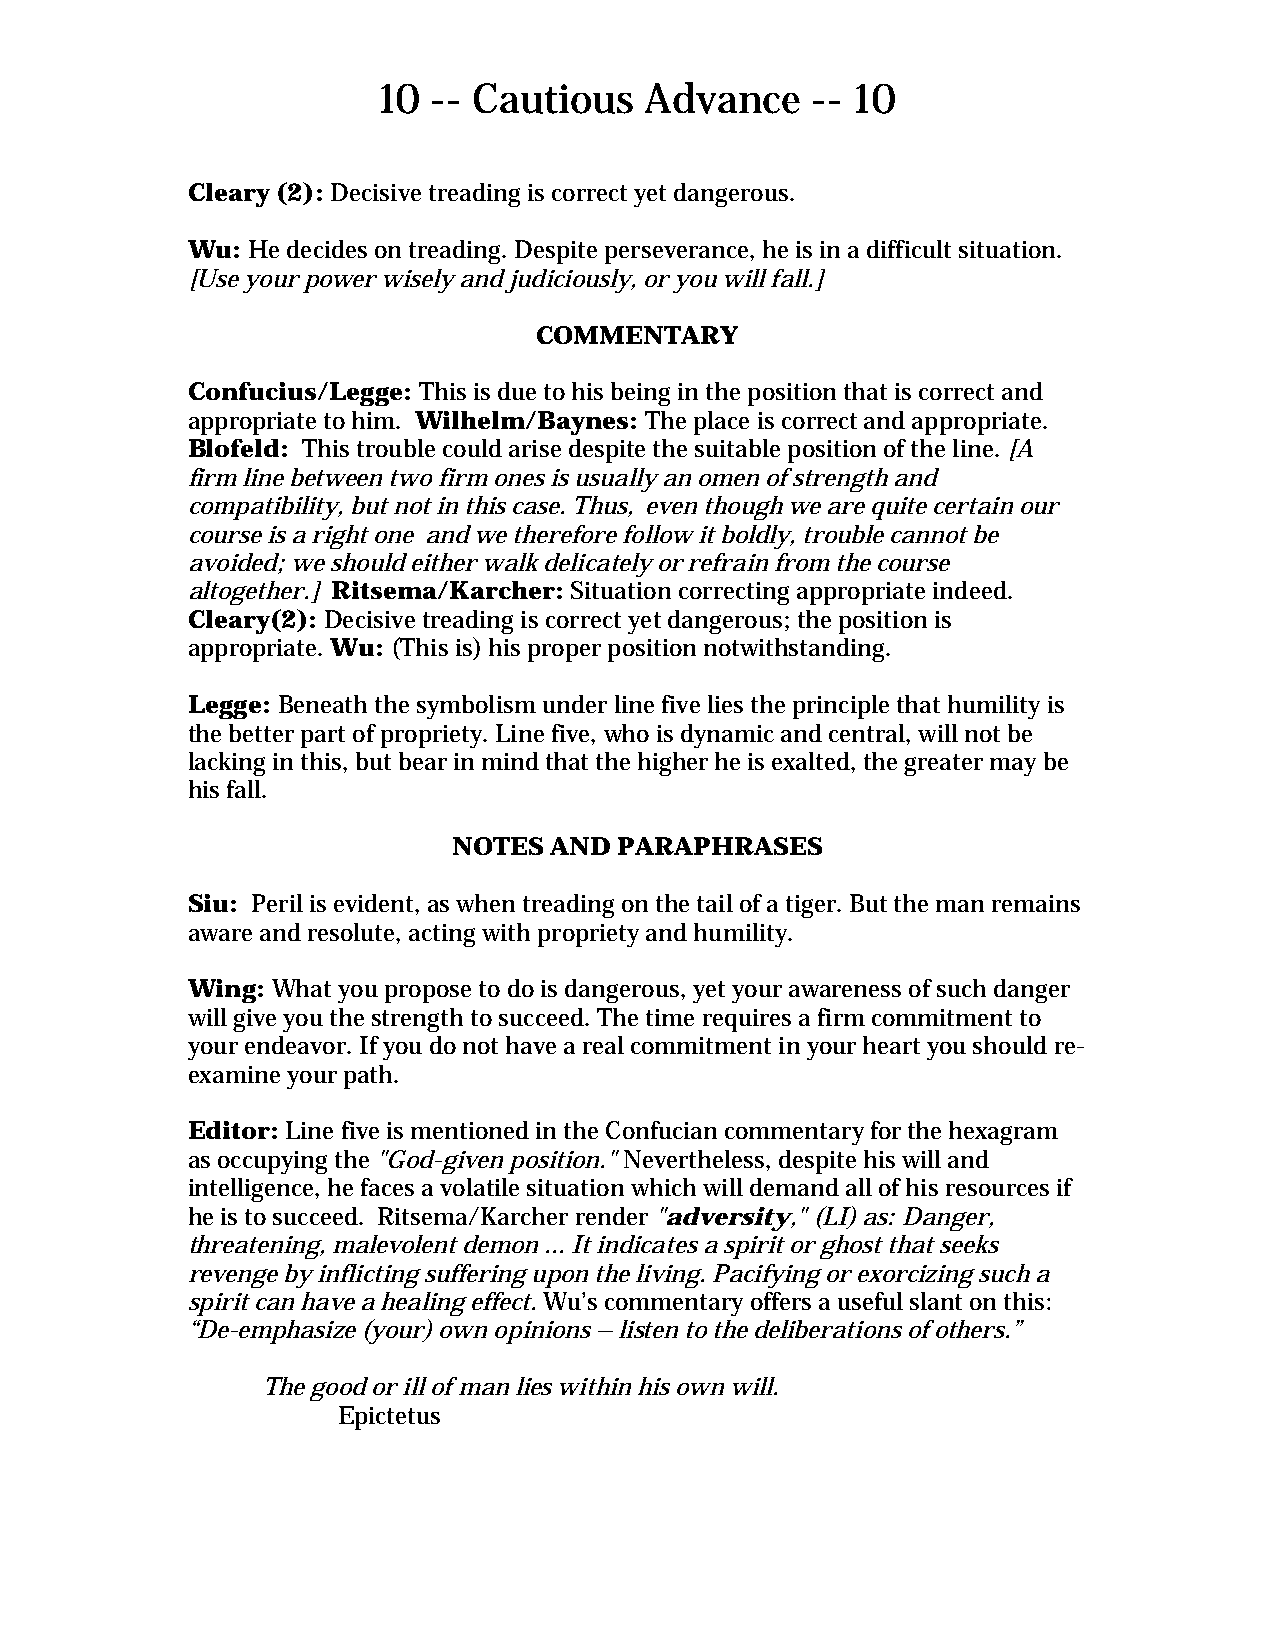
10  -- Cautious   Advance    -- 10
 Cleary (2): Decisive treading is correct yet dangerous.
 Wu: He decides on treading. Despite perseverance, he is in a difficult situation.
 [Use your power wisely and judiciously, or you will fall.]
 COMMENTARY
 Confucius/Legge: This is due to his being in the position that is correct and
 appropriate to him. Wilhelm/Baynes: The place is correct and appropriate.
 Blofeld: This trouble could arise despite the suitable position of the line. [A
 firm line between two firm ones is usually an omen of strength and
 compatibility, but not in this case. Thus, even though we are quite certain our
 course is a right one and we therefore follow it boldly, trouble cannot be
 avoided; we should either walk delicately or refrain from the course
 altogether.] Ritsema/Karcher: Situation correcting appropriate indeed.
 Cleary(2): Decisive treading is correct yet dangerous; the position is
 appropriate. Wu: (This is) his proper position notwithstanding.
 Legge: Beneath the symbolism under line five lies the principle that humility is
 the better part of propriety. Line five, who is dynamic and central, will not be
 lacking in this, but bear in mind that the higher he is exalted, the greater may be
 his fall.
 NOTES AND  PARAPHRASES
 Siu: Peril is evident, as when treading on the tail of a tiger. But the man remains
 aware and resolute, acting with propriety and humility.
 Wing: What you propose to do is dangerous, yet your awareness of such danger
 will give you the strength to succeed. The time requires a firm commitment to
 your endeavor. If you do not have a real commitment in your heart you should re-
 examine your path.
 Editor: Line five is mentioned in the Confucian commentary for the hexagram
 as occupying the "God-given position." Nevertheless, despite his will and
 intelligence, he faces a volatile situation which will demand all of his resources if
 he is to succeed. Ritsema/Karcher render "adversity," (LI) as: Danger,
 threatening, malevolent demon ... It indicates a spirit or ghost that seeks
 revenge by inflicting suffering upon the living. Pacifying or exorcizing such a
 spirit can have a healing effect. Wu’s commentary offers a useful slant on this:
 “De-emphasize (your) own opinions – listen to the deliberations of others.”
 The good or ill of man lies within his own will.
 Epictetus